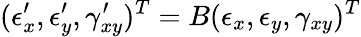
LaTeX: (\epsilon_{x}^{\prime},\epsilon_{y}^{\prime},\gamma_{xy}^{\prime})^{T}=B(\epsilon_{x},\epsilon_{y},\gamma_{xy})^{T}